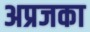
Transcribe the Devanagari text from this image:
अप्रजका